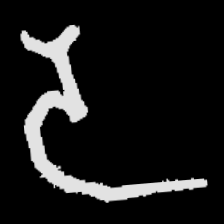
Pyu character \u2014 Myanmar letter: ဒ (romanized: da)